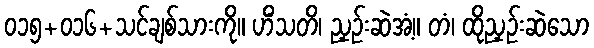
၀၁၅+၀၁၆+သင်ချစ်သားကို။ ဟိံသတိ၊ ညှဉ်းဆဲအံ့။ တံ၊ ထိုညှဉ်းဆဲသော